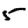
Digit: 5